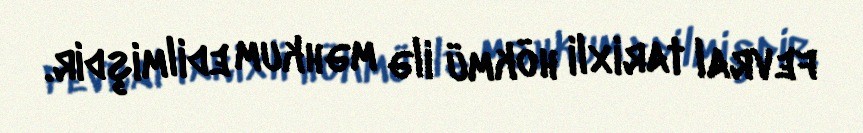
fevral tarixli hökmü ilə məhkum edilmişdir.